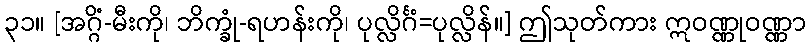
၃၁။ [အဂ္ဂိံ-မီးကို၊ ဘိက္ခုံ-ရဟန်းကို၊ ပုလ္လိင်္ဂံ=ပုလ္လိန်။] ဤသုတ်ကား ဣဝဏ္ဏုဝဏ္ဏာ